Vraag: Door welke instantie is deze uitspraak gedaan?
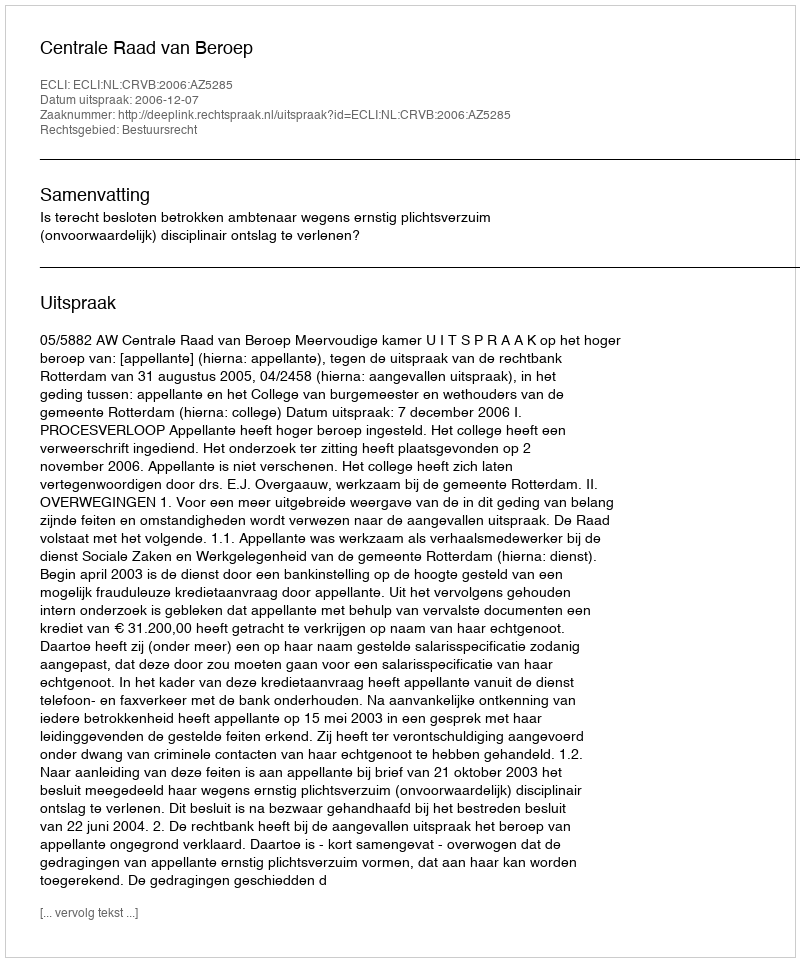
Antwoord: Centrale Raad van Beroep